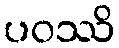
ပဝဿိ